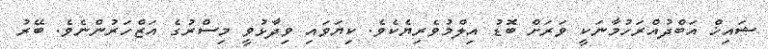
ޝައިޚް އަބްދުއްރަހުމާނަކީ ވަރަށް ބޮޑު އިލްމުވެރިޔެކެވެ. ކިޔަވައި ވިދާޅުވީ މިސްރުގެ އަޒްހަރުންނެވެ. ބޭރު